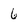
Character: 6